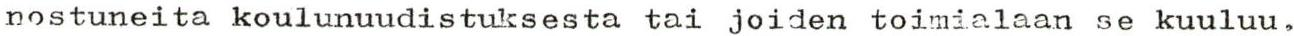
nostuneita koulunuudistuksesta tai joiden toimialaan se kuuluu,